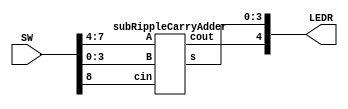
//Ripple Carry Adder
module rippleCarryAdder(SW, LEDR);
	input [9:0] SW;
	output [9:0] LEDR;
	
	subRippleCarryAdder subRCA(.A(SW[7:4]), .B(SW[3:0]), .cin(SW[8]), .s(LEDR[3:0]), .cout(LEDR[4]));
endmodule

module subRippleCarryAdder(A, B, cin, s, cout);
	input [3:0] A;
	input [3:0] B;
	input cin;
	output [3:0] s;
	output cout;
	
	wire c1;
	wire c2;
	wire c3;
	
	fullAdder add(
				.a(A[0]),
				.b(B[0]),
				.cin(cin),
				.cout(c1),
				.s(s[0]));
				
	fullAdder add1(
				.a(A[1]),
				.b(B[1]),
				.cin(c1),
				.cout(c2),
				.s(s[1]));
				
	fullAdder add2(
				.a(A[2]),
				.b(B[2]),
				.cin(c2),
				.cout(c3),
				.s(s[2]));
				
	fullAdder add3(
				.a(A[3]),
				.b(B[3]),
				.cin(c3),
				.cout(cout),
				.s(s[3]));
endmodule

module fullAdder(a, b, cin, cout, s);
	input a;
	input b;
	input cin;
	output cout;
	output s;
	
	assign cout = (a & b) | (a & cin) | (b & cin);
	assign s = (a & ~b & ~cin) | (~a & b & ~cin) | (a & b & cin) | (~a & ~b & cin);
endmodule